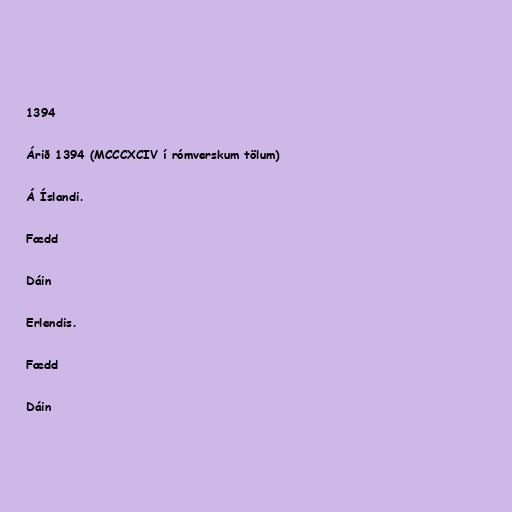
1394

Árið 1394 (MCCCXCIV í rómverskum tölum)

Á Íslandi.

Fædd

Dáin

Erlendis.

Fædd

Dáin